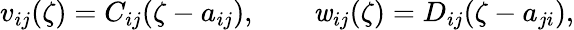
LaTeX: v_{ij}(\zeta)=C_{ij}(\zeta-a_{ij}),\qquad\mathit{w}_{ij}(\zeta)=D_{ij}(\zeta-a_{ji}),